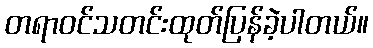
တရာဝင်သတင်းထုတ်ပြန်ခဲ့ပါတယ်။